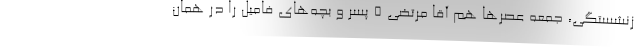
زنشستگي، جمعه عصرها هم آقا مرتضي 5 پسر و بچه‌هاي فاميل را در همان